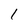
Character: 1